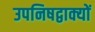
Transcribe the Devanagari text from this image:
उपनिषद्वाक्यों